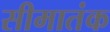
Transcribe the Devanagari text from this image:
सीमातंक